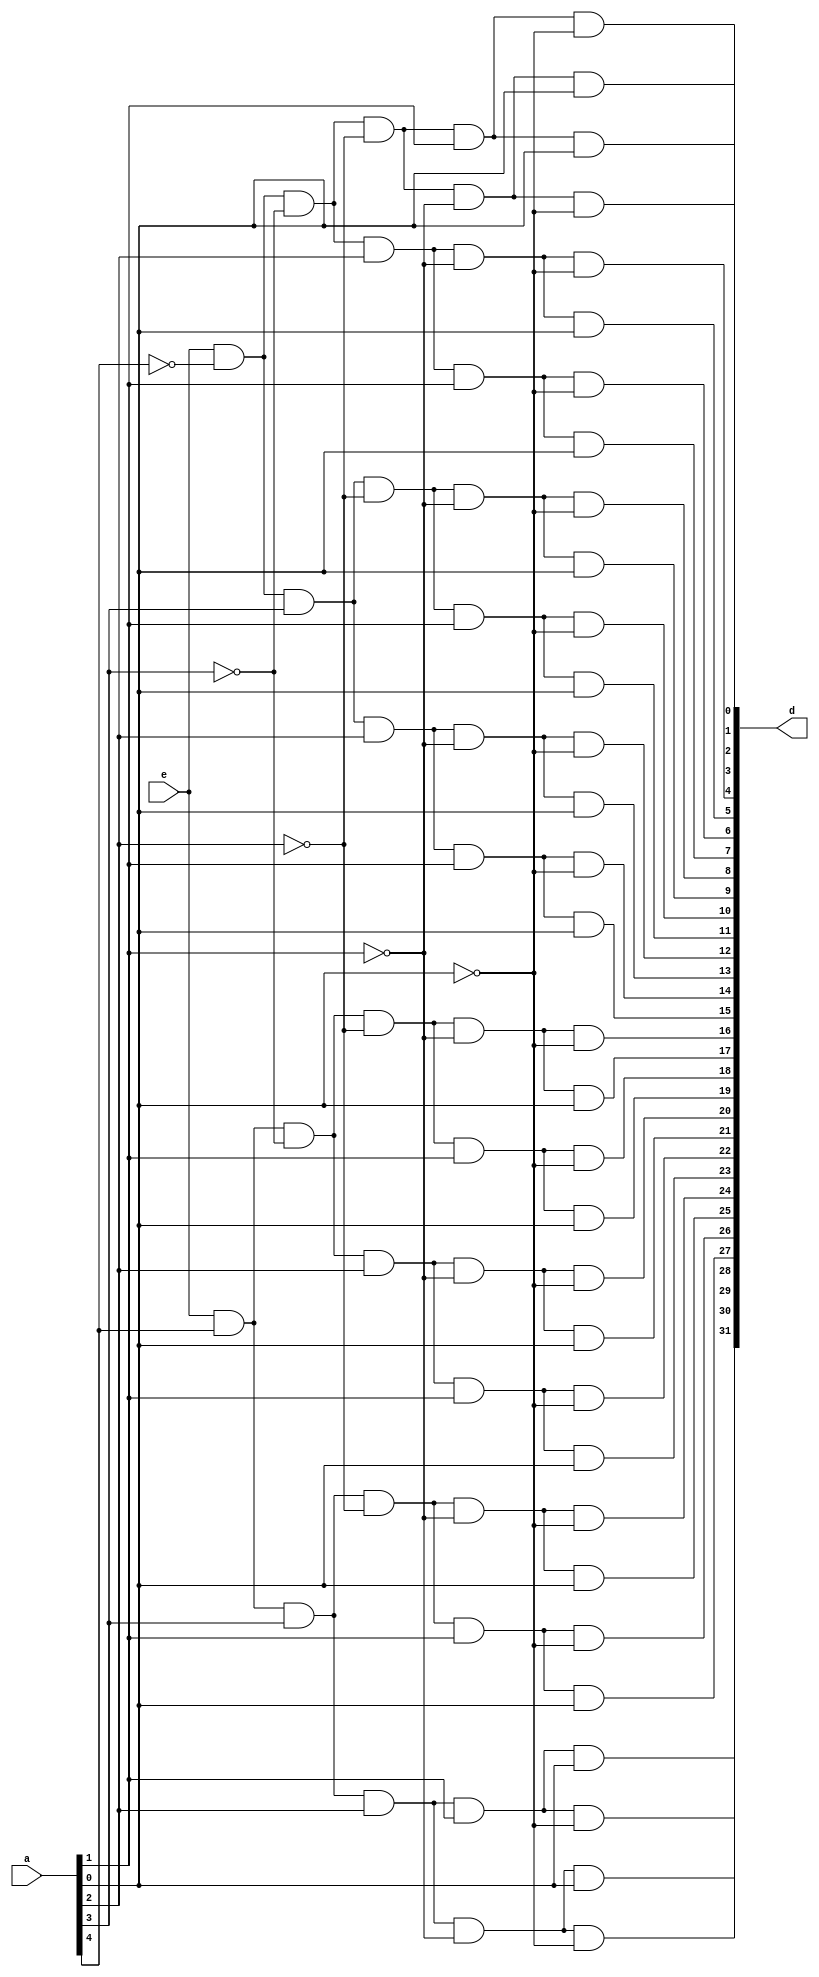
module dec3to8(
	input e,
	input [4:0] a,
	output [31:0] d
	);
	
	
	assign d[0] =  (e & ~a[4] & ~a[3] & ~a[2] & ~a[1] & ~a[0]);
	assign d[1] =  (e & ~a[4] & ~a[3] & ~a[2] & ~a[1] &  a[0]);
	assign d[2] =  (e & ~a[4] & ~a[3] & ~a[2] &  a[1] & ~a[0]);
	assign d[3] =  (e & ~a[4] & ~a[3] & ~a[2] &  a[1] &  a[0]);
	assign d[4] =  (e & ~a[4] & ~a[3] &  a[2] & ~a[1] & ~a[0]);
	assign d[5] =  (e & ~a[4] & ~a[3] &  a[2] & ~a[1] &  a[0]);
	assign d[6] =  (e & ~a[4] & ~a[3] &  a[2] &  a[1] & ~a[0]);
	assign d[7] =  (e & ~a[4] & ~a[3] &  a[2] &  a[1] &  a[0]);
	assign d[8] =  (e & ~a[4] &  a[3] & ~a[2] & ~a[1] & ~a[0]);
	assign d[9] =  (e & ~a[4] &  a[3] & ~a[2] & ~a[1] &  a[0]);
	assign d[10] = (e & ~a[4] &  a[3] & ~a[2] &  a[1] & ~a[0]);
	assign d[11] = (e & ~a[4] &  a[3] & ~a[2] &  a[1] &  a[0]);
	assign d[12] = (e & ~a[4] &  a[3] &  a[2] & ~a[1] & ~a[0]);
	assign d[13] = (e & ~a[4] &  a[3] &  a[2] & ~a[1] &  a[0]);
	assign d[14] = (e & ~a[4] &  a[3] &  a[2] &  a[1] & ~a[0]);
	assign d[15] = (e & ~a[4] &  a[3] &  a[2] &  a[1] &  a[0]);
	assign d[16] = (e &  a[4] & ~a[3] & ~a[2] & ~a[1] & ~a[0]);
	assign d[17] = (e &  a[4] & ~a[3] & ~a[2] & ~a[1] &  a[0]);
	assign d[18] = (e &  a[4] & ~a[3] & ~a[2] &  a[1] & ~a[0]);
	assign d[19] = (e &  a[4] & ~a[3] & ~a[2] &  a[1] &  a[0]);
	assign d[20] = (e &  a[4] & ~a[3] &  a[2] & ~a[1] & ~a[0]);
	assign d[21] = (e &  a[4] & ~a[3] &  a[2] & ~a[1] &  a[0]);
	assign d[22] = (e &  a[4] & ~a[3] &  a[2] &  a[1] & ~a[0]);
	assign d[23] = (e &  a[4] & ~a[3] &  a[2] &  a[1] &  a[0]);
	assign d[24] = (e &  a[4] &  a[3] & ~a[2] & ~a[1] & ~a[0]);
	assign d[25] = (e &  a[4] &  a[3] & ~a[2] & ~a[1] &  a[0]);
	assign d[26] = (e &  a[4] &  a[3] & ~a[2] &  a[1] & ~a[0]);
	assign d[27] = (e &  a[4] &  a[3] & ~a[2] &  a[1] &  a[0]);
	assign d[28] = (e &  a[4] &  a[3] &  a[2] & ~a[1] & ~a[0]);
	assign d[29] = (e &  a[4] &  a[3] &  a[2] & ~a[1] &  a[0]);
	assign d[30] = (e &  a[4] &  a[3] &  a[2] &  a[1] & ~a[0]);
	assign d[31] = (e &  a[4] &  a[3] &  a[2] &  a[1] &  a[0]);

endmodule